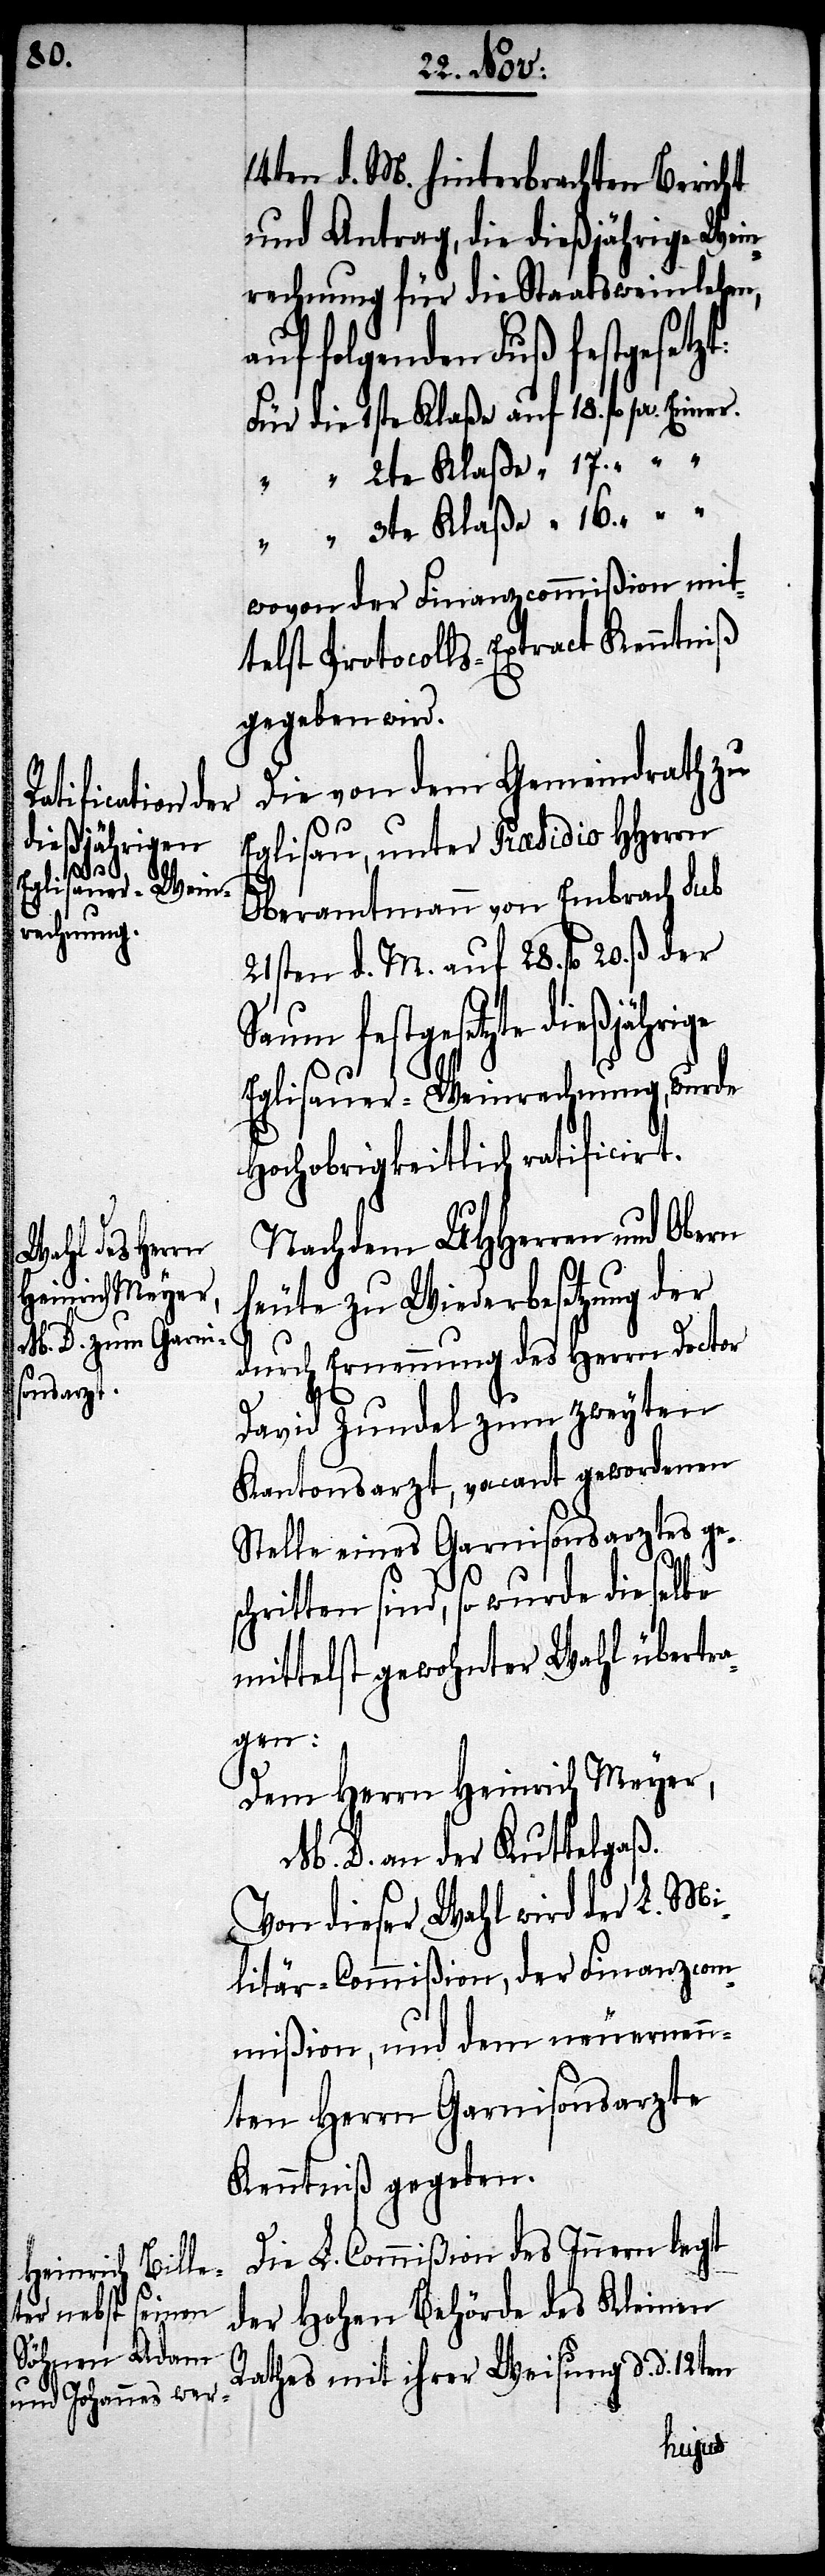
dießjährige

14ten d. M. hinterbrachten Bericht
und Antrag, die dießjährige Wein¬
rechnung für die Staatsweinlehen,
folgenden Fuß festgesetz¬
Für die 1ste Klaße auf 18. fl. pr.
“ “ 2te Klaße “ 17. “
“ “ 3te Klaße “ 16. “
wovon der Finanz-Commißion mit¬
telst Protocolls-Extract Kenntniß
gegeben wird.
Die von dem Gemeindrath zu
Eglisau, unter Præsidio HHerrn
Oberamtmann von Embrach sub
21sten d. M. auf 28. fl. 20. ß der
Saum festgesetzte
Eglisauer-Weinrechnung, wurde
Hochobrigkeitlich ratificirt.
Nachdem UHHerren und Obern
heute zu Wiederbesetzung der
durch Ernennung des Herrn Doctor
David Zundel zum zweyten
Kantonsarzt, vacant gewordenen
Stelle eines Garnisonsarztes ge¬
t:
schritten sind, so wurde dieselbe
mittelst gewohnter Wahl übertra¬
gen.
Dem Herrn Heinrich Meyer,
M. D. an der Kuttelgaß.
Von dieser Wahl wird der L. Mi¬
litär-Commißion, der Finanzcom¬
mißion, und dem neuernen¬
nten Herrn Garnisonsarzte
Kenntniß gegeben.
Die L. Commißion des Innern legt
der Hohen Behörde des Kleinen
Rathes mit ihrer Weisung d. d. 12ten